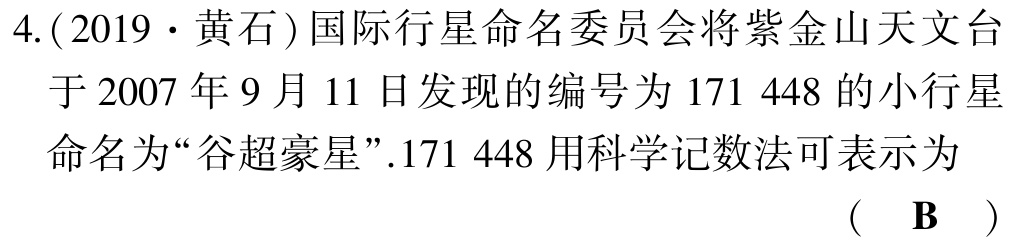
4.(2019·黄石)国际行星命名委员会将紫金山天文台于2007年9月11日发现的编号为171 448的小行星命名为“谷超豪星”.171 448用科学记数法可表示为（ B ）